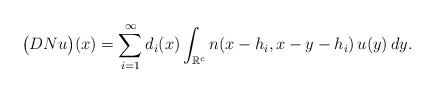
LaTeX: \begin{align*}\bigl(DNu\bigr)(x)=\sum_{i=1}^\infty d_i(x)\int_{\mathbb R^c}n(x-h_i,x-y-h_i)\,u(y)\,dy.\end{align*}